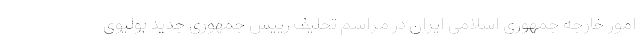
امور خارجه جمهوری اسلامی ایران در مراسم تحلیف رییس جمهوری جدید بولیوی